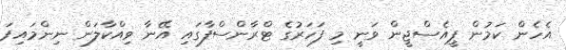
އެހެން ކަމުން ޕީއެސްޖީން ވަނީ މި ފަހަރުގެ ޓްރާންސްފާގައި އޭނާ ވިއްކާލަން ނިންމައިފަ